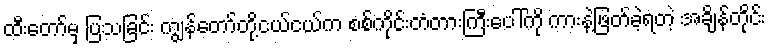
ထီးတော်မှ ပြသခြင်း ကျွန်တော်တို့ငယ်ငယ်က စစ်ကိုင်းတံတားကြီးပေါ်ကို ကားနဲ့ဲဖြတ်ခဲ့ရတဲ့ အချိန်တိုင်း